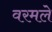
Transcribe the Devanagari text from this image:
वरमले